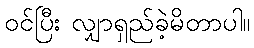
ဝင်ပြီး လျှာရှည်ခဲ့မိတာပါ။